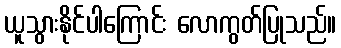
ယူသွားနိုင်ပါကြောင်း လောကွတ်ပြုသည်။